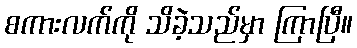
စကားလက်ကို သိခဲ့သည်မှာ ကြာပြီ။